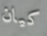
كيان